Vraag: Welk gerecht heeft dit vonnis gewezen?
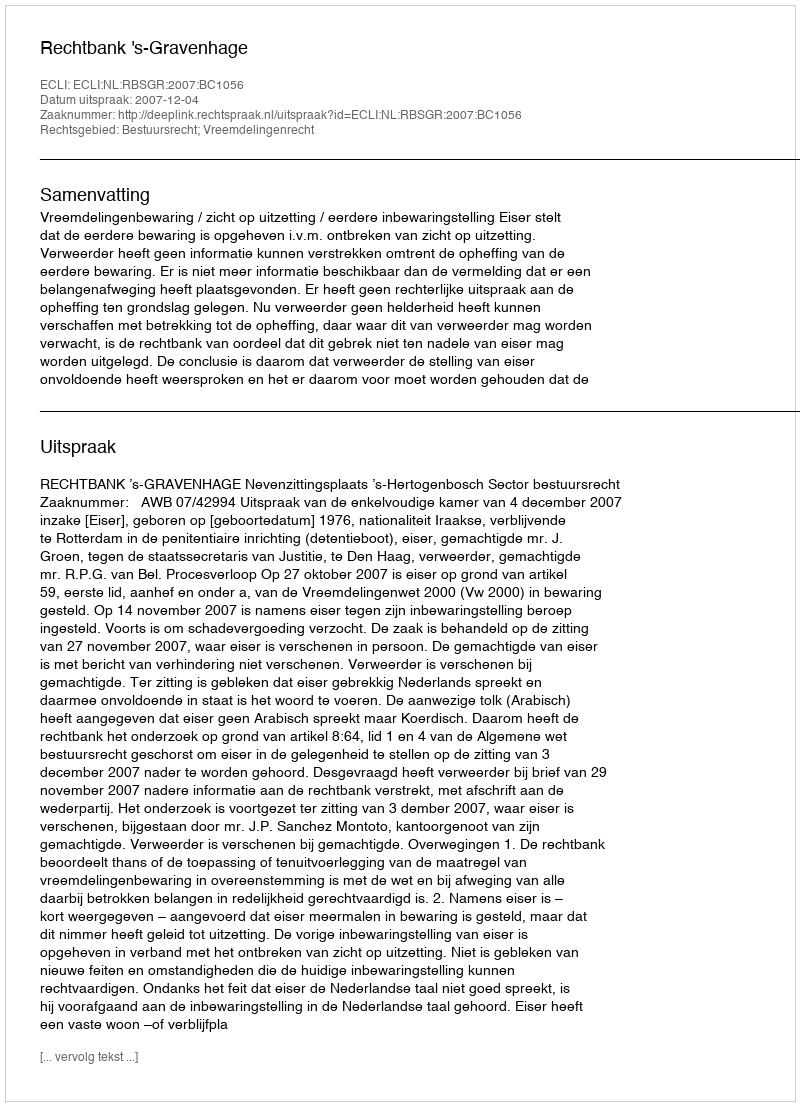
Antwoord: Rechtbank 's-Gravenhage